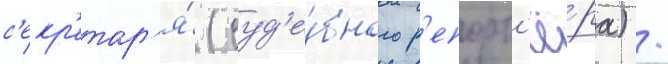
с'екр'етар'я́ (суд'е́бного р'епорт'ё́ра) /